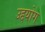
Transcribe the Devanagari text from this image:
उद्दयोग